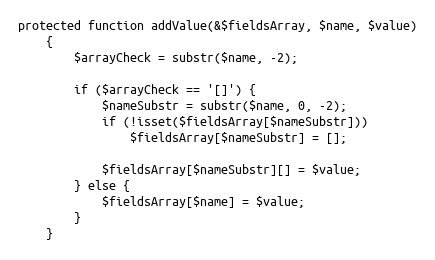
Language: PHP
protected function addValue(&$fieldsArray, $name, $value)
    {
        $arrayCheck = substr($name, -2);

        if ($arrayCheck == '[]') {
            $nameSubstr = substr($name, 0, -2);
            if (!isset($fieldsArray[$nameSubstr]))
                $fieldsArray[$nameSubstr] = [];

            $fieldsArray[$nameSubstr][] = $value;
        } else {
            $fieldsArray[$name] = $value;
        }
    }